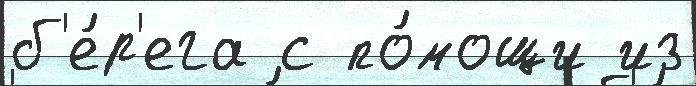
б'е́р'ега с по́мощи из